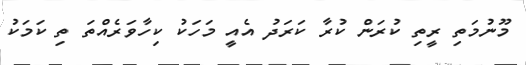
މޫނުމަތި ރީތި ކުރަން ކުރާ ކަރަދު އެއީ މަހަކު ކިހާވަރެއްތަ ތި ކަމަކު